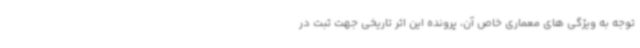
توجه به ویژگی های معماری خاص آن، پرونده این اثر تاریخی جهت ثبت در